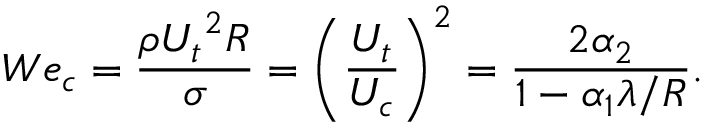
W e _ { c } = \frac { \rho { U _ { t } } ^ { 2 } R } { \sigma } = \left( \frac { U _ { t } } { U _ { c } } \right) ^ { 2 } = \frac { 2 \alpha _ { 2 } } { 1 - \alpha _ { 1 } { \lambda } / { R } } .